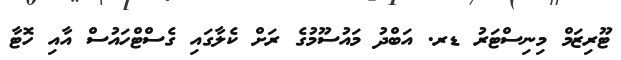
ޓޫރިޒަމް މިނިސްޓަރު ޑރ. އަބްދު މައުސޫމުގެ ރަށް ކެލާގައި ގެސްޓްހައުސް އާއި ހޮޓާ